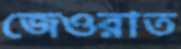
জেওরাত